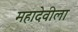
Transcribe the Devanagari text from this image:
महादेवीला